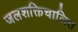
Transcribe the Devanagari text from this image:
जलशक्तिचालित